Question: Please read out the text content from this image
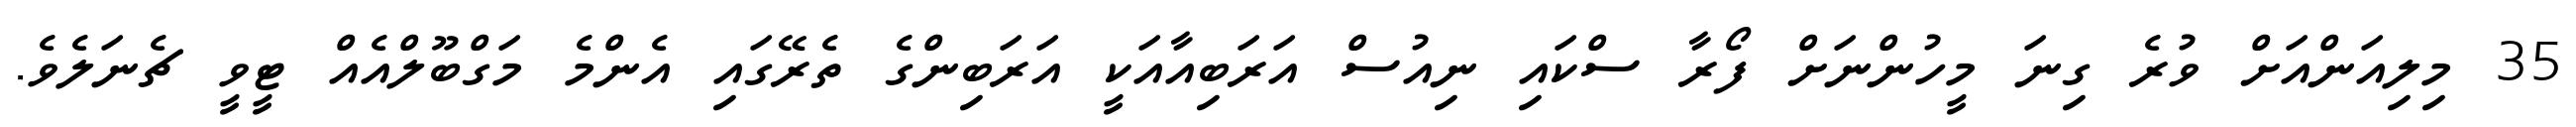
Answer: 35 މިލިއަންއަށް ވުރެ ގިނަ މީހުންނަށް ފޯރާ ސްކައި ނިއުސް އަރަބިއާއަކީ އަރަބިންގެ ތެރޭގައި އެންމެ މަގްބޫލްއެއް ޓީވީ ޗެނަލެވެ.